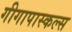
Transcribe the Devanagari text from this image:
गीगापास्कल्स